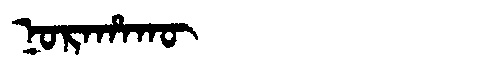
Manchu: ᠨᠣᡵᠠᡥᠠᡴᡡ
Romanization: NORAHAKŪ